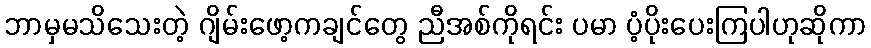
ဘာမှမသိသေးတဲ့ ဂျိမ်းဖော့ကချင်တွေ ညီအစ်ကိုရင်း ပမာ ပံ့ပိုးပေးကြပါဟုဆိုကာ